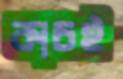
কাচই